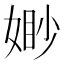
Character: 𭒈